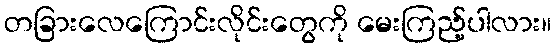
တခြားလေကြောင်းလိုင်းတွေကို မေးကြည့်ပါလား။